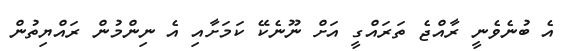
އެ ބުނެވެނީ ރާއްޖެ ތަރައްގީ އަށް ނޫނެކޭ ކަމަށާއި އެ ނިންމުން ރައްޔިތުން